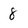
Character: 8